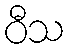
ဝီသ